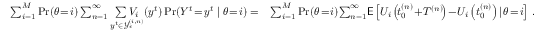
\begin{array} { r l } { \sum _ { i = 1 } ^ { M } \operatorname* { P r } ( \theta \! = \! i ) \sum _ { n = 1 } ^ { \infty } \underset { y ^ { t } \in \mathcal { Y } _ { \epsilon } ^ { ( i , n ) } } { \sum V _ { i } } ( y ^ { t } ) \operatorname* { P r } ( Y ^ { t } \! = \! y ^ { t } \mid \theta \! = \! i ) = } & { \sum _ { i = 1 } ^ { M } \operatorname* { P r } ( \theta \! = \! i ) \! \sum _ { n = 1 } ^ { \infty } \! \mathsf { E } \left[ U _ { i } \left( \! t _ { 0 } ^ { ( n ) } \! + \! T ^ { ( n ) } \! \right) \! - \! U _ { i } \left( t _ { 0 } ^ { ( n ) } \right) \! \mid \! \theta \! = \! i \right] \, . } \end{array}